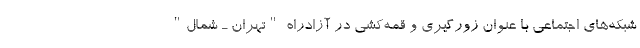
شبکه‌های اجتماعی با عنوان زورگیری و قمه‌کشی در آزادراه "تهران ـ شمال"